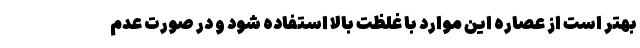
بهتر است از عصاره این موارد با غلظت بالا استفاده شود و در صورت عدم